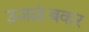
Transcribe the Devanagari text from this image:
उजळंबकर